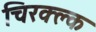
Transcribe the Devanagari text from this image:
चिरक्क्ल